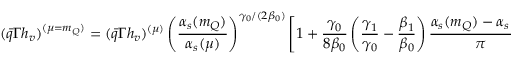
( \bar { q } \Gamma h _ { v } ) ^ { ( \mu = m _ { Q } ) } = ( \bar { q } \Gamma h _ { v } ) ^ { ( \mu ) } \left( \frac { \alpha _ { s } ( m _ { Q } ) } { \alpha _ { s } ( \mu ) } \right) ^ { \gamma _ { 0 } / ( 2 \beta _ { 0 } ) } \left[ 1 + \frac { \gamma _ { 0 } } { 8 \beta _ { 0 } } \left( \frac { \gamma _ { 1 } } { \gamma _ { 0 } } - \frac { \beta _ { 1 } } { \beta _ { 0 } } \right) \frac { \alpha _ { s } ( m _ { Q } ) - \alpha _ { s } ( \mu ) } { \pi } \right]